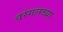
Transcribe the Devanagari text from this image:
वरंगलच्या